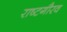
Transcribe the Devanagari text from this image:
राष्‍टगौरव